Calcutta medical institutions reports 1871-78
Year: 1871
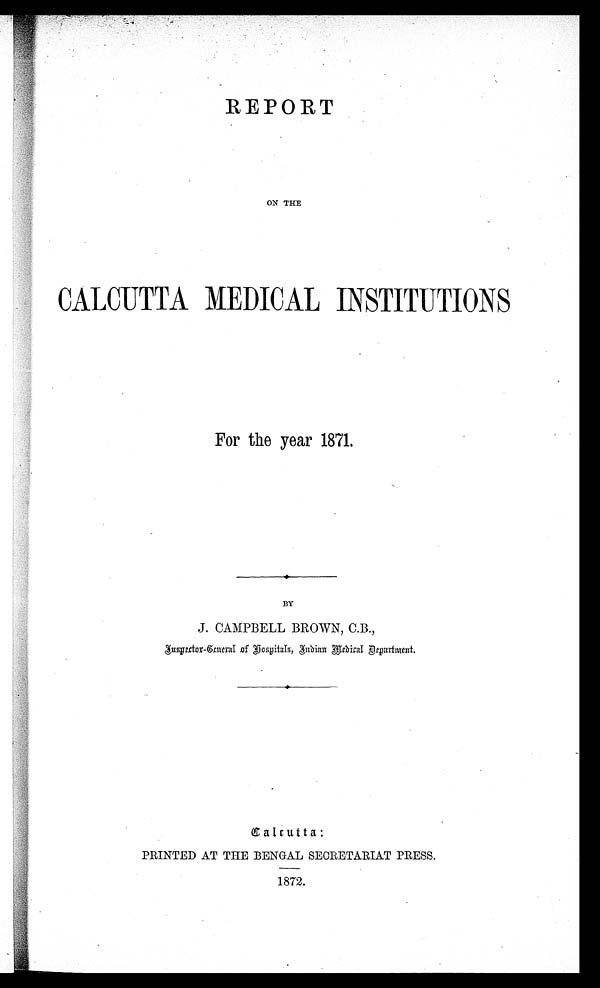
REPORT
ON THE
CALCUTTA MEDICAL INSTITUTIONS
For the year 1871.
BY
J. CAMPBELL BROWN, C.B.,
I n s p e c t o r - Ge n e r a l o f Ho s p i t a l s , I n d i a n Me d i c a l De p a r t me n t .
Calcutta:
PRINTED AT THE BENGAL SECRETARIAT PRESS.
1872.